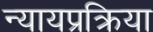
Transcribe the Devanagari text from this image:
न्यायप्रक्रिया